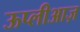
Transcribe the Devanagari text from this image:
ऊप्लीआज़